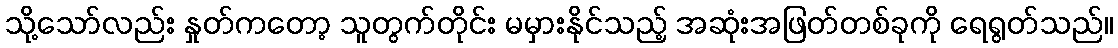
သို့သော်လည်း နှုတ်ကတော့ သူတွက်တိုင်း မမှားနိုင်သည့် အဆုံးအဖြတ်တစ်ခုကို ရေရွတ်သည်။